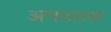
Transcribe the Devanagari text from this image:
अपारटस